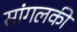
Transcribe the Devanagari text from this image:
सांगलकी